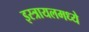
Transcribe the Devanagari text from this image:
इस्त्रायलमध्ये